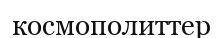
космополиттер